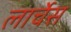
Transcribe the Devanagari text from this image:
लार्चेस